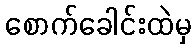
စောက်ခေါင်းထဲမှ